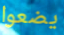
يضعوا